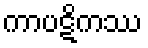
ကာပဋိကဿ